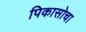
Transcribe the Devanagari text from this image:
पिकासोचा